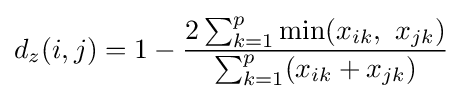
d_{z}(i,j)=1-{\frac {2\sum _{k=1}^{p}{\text{min}}(x_{ik},\ x_{jk})}{\sum _{k=1}^{p}(x_{ik}+x_{jk})}}